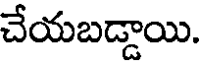
చేయబడ్డాయి.